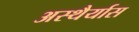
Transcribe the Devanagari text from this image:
अस्थैर्यास